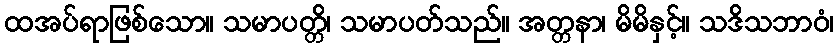
ထအပ်ရာဖြစ်သော။ သမာပတ္တိ၊ သမာပတ်သည်။ အတ္တနာ၊ မိမိနှင့်။ သဒိသဘာဝံ၊